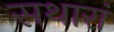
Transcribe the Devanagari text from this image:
सथारां